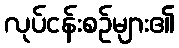
လုပ်ငန်းစဉ်များ၏